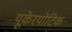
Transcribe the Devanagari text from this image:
यूकेरयोटिक